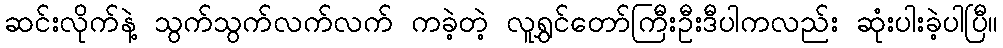
ဆင်းလိုက်နဲ့ သွက်သွက်လက်လက် ကခဲ့တဲ့ လူရွှင်တော်ကြီးဦးဒီပါကလည်း ဆုံးပါးခဲ့ပါပြီ။